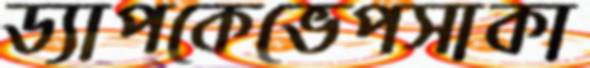
ড্যাপকেভেপসাকা